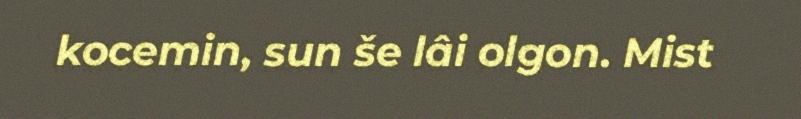
kocemin, sun še lâi olgon. Mist